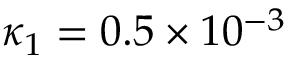
\kappa _ { 1 } = 0 . 5 \times 1 0 ^ { - 3 }